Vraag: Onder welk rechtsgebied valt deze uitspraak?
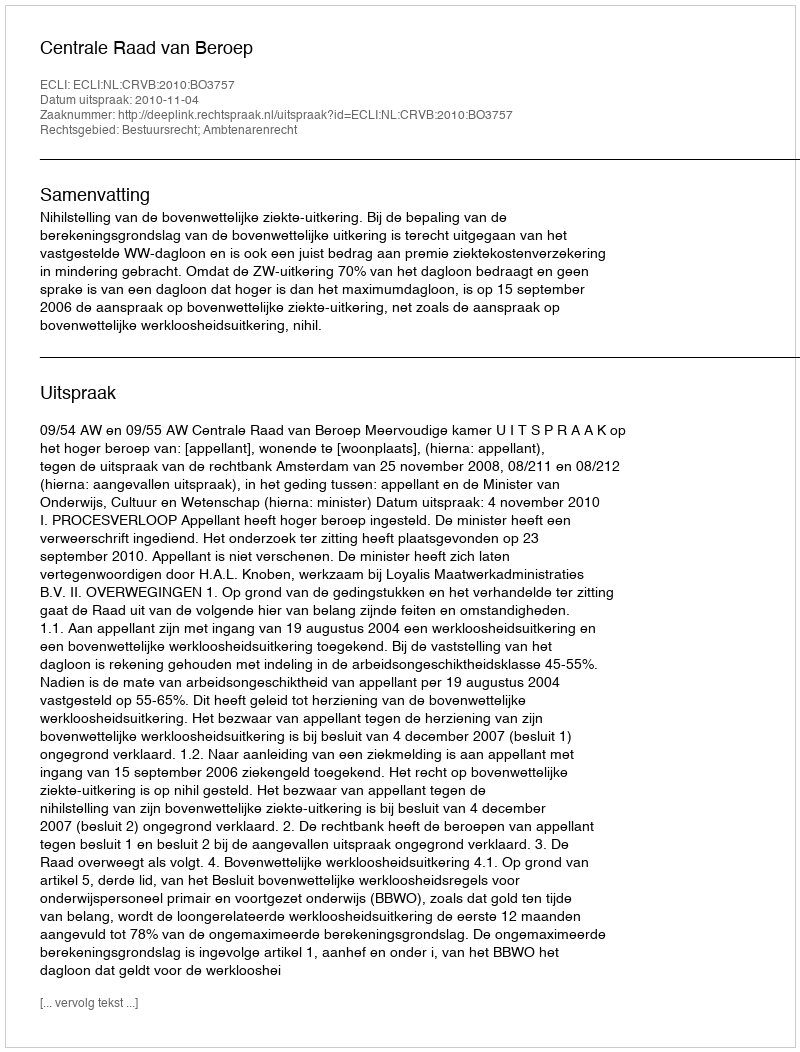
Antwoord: Bestuursrecht; Ambtenarenrecht